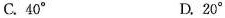
C.40° D.20°